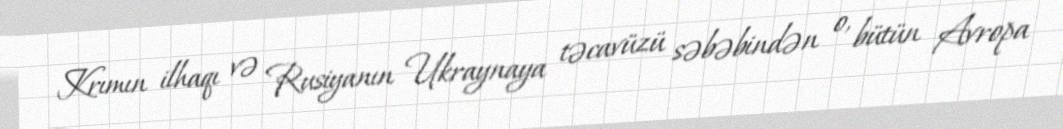
Krımın ilhaqı və Rusiyanın Ukraynaya təcavüzü səbəbindən o, bütün Avropa